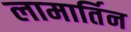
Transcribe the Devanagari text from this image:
लामार्तिन